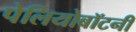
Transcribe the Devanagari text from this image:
पेलियोबॉटनी